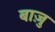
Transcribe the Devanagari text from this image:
बाज़ु